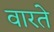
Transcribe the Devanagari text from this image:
वारते